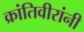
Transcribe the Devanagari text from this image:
क्रांतिवीरांनी